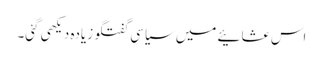
اس عشائیے میں سیاسی گفتگو زیادہ دیکھی گئی۔